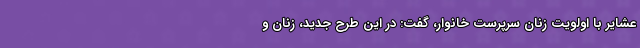
عشایر با اولویت زنان سرپرست خانوار، گفت: در این طرح جدید، زنان و